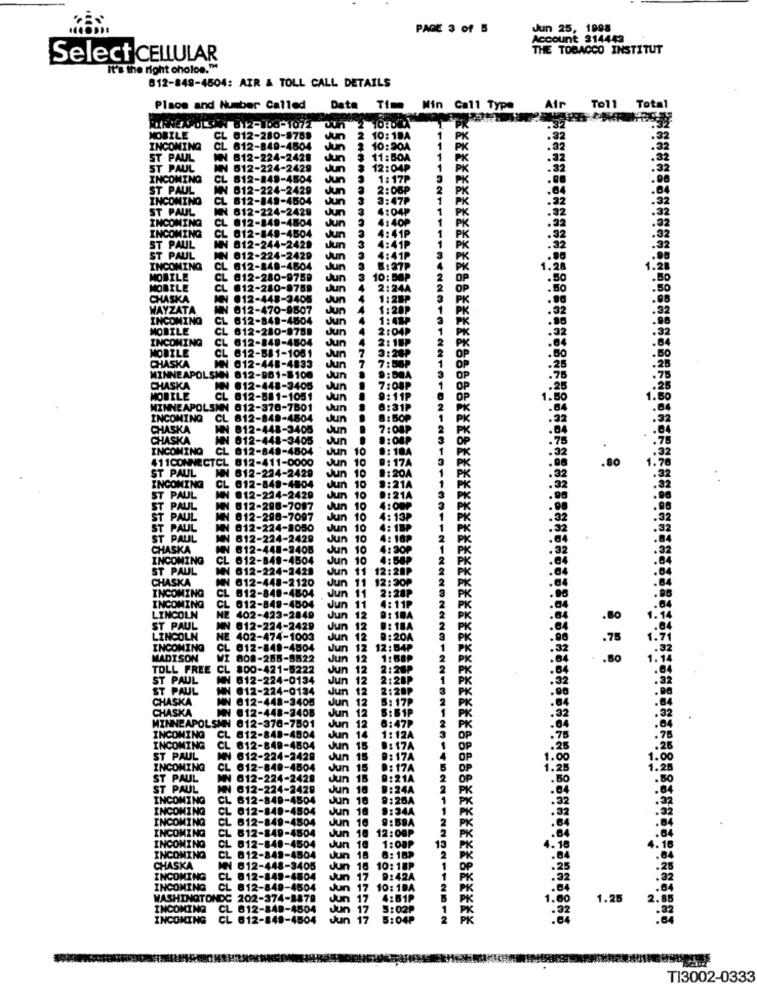
PAGE 3 of B
Jun 25, 1998
Account 214443
THE TOBACCO INSTITUT
Select CELLULAR
It's the right cholos."
812-849-4504: AIR & TOLL CALL DETAILS
Place and Number Called
Data Time Min Call Type
Air
Toll Total
812-108-1072
.32
.3
MOBILE
CL 012-280-9788
cun
10:19A
.32
.32
INCOMING
CL 612-849-4504
Jun
10:204
.32
ST PAUL
812-224-2428
Jun
11:00A
.32
.32
ST PAUL
612-224-2429
Jun
12:04₽
INCOMING
CL
812-849-4504
Jun
1 : 17P
ST PAUL
N 812-224-2429
Jun
2:06₽
INCOMING
CL
812-849-4504
3:47₽
.32
ST PAUL
612-224-2428
Jun
4:04P
PK
.32
INCOMING
CL
812-849-4504
Jun
INCOMING
CL
812-849-4504
Jun
4:40P
Jun
4:41P
.32
.32
ST PAUL
812-244-2429
4:41P
ST PAUL
012-224-2429
Jun
: 41P
.80
INCOMING
CL
612-848-4604
Jun
8:37₽
1.20
MOBILE
CL
812-280-9759
Jun
10: 56P
.50
MOBILE
CL @12-280-9769
sun
2:24A
CHASKA
NN @12-448-3405
Jun
1:28
WAYZATA
WN 612-470-8507
Jun
1:28P
.32
INCOMING
612-849-4804
Jun
MOBILE
CL
612-280-9788
Jun
.32
INCOMING
CL
612-849-4804
MOBILE
CL
612-581-1081
Jun
Jun
CHASKA
612-448-4833
3:20₽
.80
Jun
MINNEAPOLSMN 812-981-8108
Jun
CHASKA
MN 812-448-3405
Jun
MOBILE
CL 812-681-1051
Jun
1.50
MINNEAPOLSIN 612-370-7501
Jun
INCOMING
CL 612-849-4504
Jun
CHASKA
IN 812-448-3405
Jun
CHASKA
UN 012-448-3405
Jun
INCOMING
CL 012-849-4804
Jun
10
411CONNECTCL 812-411-0000
Jun
10
.80
ST PAUL
NN 612-224-2429
Jun 10
INCOMING
CL 012-849-4804
Jun 10
ST PAUL
MN 812-224-2429
Jun
10
ST PAUL
NN 612-298-7087
Jun
Jun 10
10
ST PAUL
MN 812-290-7097
Jun
10
ST PAUL
IN 012-224-1050
Jun 10
ST PAUL
MN 612-224-2429
Jun 10
CHASKA
NN 612-448-2408
Jun
10
INCOMING
CL 612-848-4504
Jun
10
ST PAUL
WN 612-224-2428
Jun
11
CHASKA
AN 612-448-2120
Jun 11
12:30
INCOMING
CL
612-849-4504
Jun 11
INCOMING
Jun
11
CL 012-849-4504
LINCOLN
NE 402-423-2849
Jun 12
.Bo
ST PAUL
MN 812-224-2429
Jun
12
LINCOLN
NE 402-474-1003
Jun
12
.78
INCOMING
CL 012-848-4504
Jun 12
MADISON
MI
808-285-5522
Jun
12
.BO
TOLL FREE CL
800-421-5222
Jun 12
ST PAUL
AN 612-224-0134
Jun 12
ST PAUL
@12-224-0134
Jun 12
CHASKA
MN 612-448-3405
Jun 12
CHASKA
MN @12-448-2408
Jun 12
MINNEAPOLSMN 812-370-7501
INCOMING
4804
Jun 12
Jun
un 14
: 12A
INCOMING
CL 812-849-4504
Jun 15
17A
ST PAUL
NN 612-224-2429
Jun 15 9: 17A
INCOMING
CL 612-849-4504
Jun 15
D: 17A
ST PAUL
NN 612-224-2429
Jun 18 9:21A
.80
ST PAUL
MN 612-224-2428
Jun 10 9:24A
PK
.04
INCOMING
CL 612-849-4504
Jun 18 9:26A
.32
INCOMING
CL 012-849-4504
Jun 18
9:34A
INCOMING
CL 612-849-4504
Jun
16
9:59A
INCOMING
CL 612-849-4504
Jun 18
12:00P
INCOMING
1:001
INCOMING
CL 812-840-4504
Jun
. 10
CL 012-849-4504
Jun
CHASKA
MN 612-448-3405
Jun
INCOMING
CL 612-849-4504
Jun
17
42A
INCOMING
CL 812-849-4504
Jun 17 10:
WASHINGTONDC 202-374-1879
Jun
1.25
INCOMING
CL 612-849-4504
Jun
INCOMING
CL 612-849-4504
Jun
04P
TI3002-0333